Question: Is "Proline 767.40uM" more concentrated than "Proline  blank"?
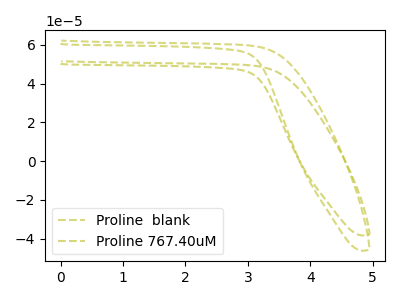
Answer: <think>The olive dashed curve "Proline  blank" has no peaks. The olive dashed curve "Proline 767.40uM" has no peaks.
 Neither "Proline 767.40uM" or "Proline  blank" have any peaks.</think>
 <answer>I cant tell if "Proline 767.40uM" or "Proline  blank" has higher concentration.</answer>
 <eval>mixed_concentration</eval>